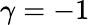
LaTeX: \gamma=-1